Report on vaccination North-West Frontier Province 1904-1922 - 1904-1922
Year: 1904
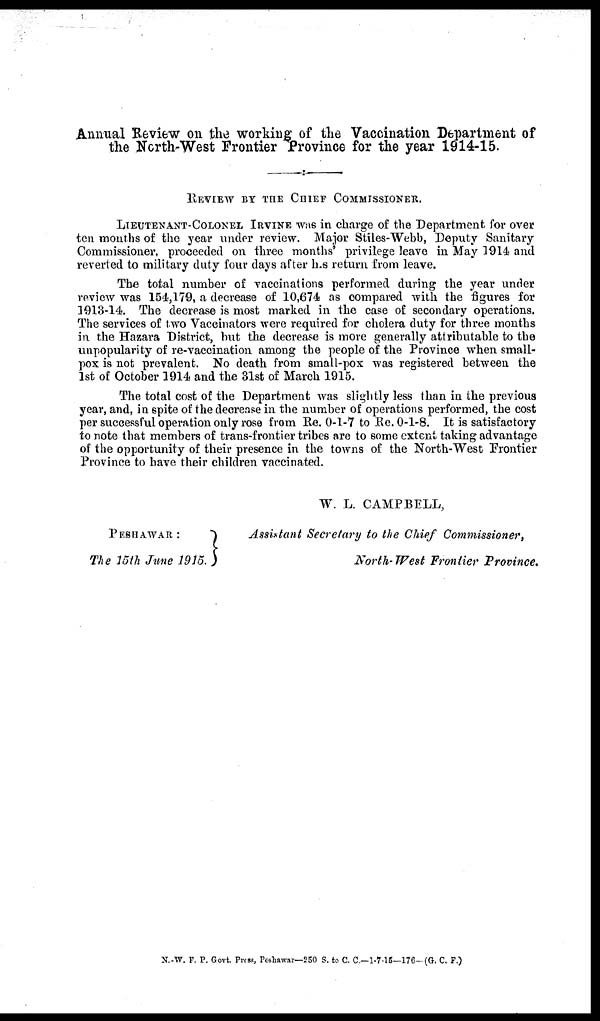
Annual Review on the working of the Vaccination Department of
the North-West Frontier Province for the year 1914-15.
REVIEW BY THE CHIEF COMMISSIONER.
LIEUTENANT-COLONEL IRVINE was in charge of the Department for over
ten months of the year under review. Major Stiles-Webb, Deputy Sanitary
Commissioner, proceeded on three months' privilege leave in May 1914 and
reverted to military duty four days after h.s return from leave.
The total number of vaccinations performed during the year under
review was 154,179, a decrease of 10,674 as compared with the figures for
1913-14. The decrease is most marked in the case of secondary operations.
The services of two Vaccinators were required for cholera duty for three months
in the Hazara District, but the decrease is more generally attributable to the
unpopularity of re-vaccination among the people of the Province when small-
pox is not prevalent. No death from small-pox was registered between the
1st of October 1914 and the 31st of March 1915.
The total cost of the Department was slightly less than in the previous
year, and, in spite of the decrease in the number of operations performed, the cost
per successful operation only rose from Re. 0-1-7 to Re. 0-1-8. It is satisfactory
to note that members of trans-frontier tribes are to some extent taking advantage
of the opportunity of their presence in the towns of the North-West Frontier
Province to havc their children vaccinated.
W. L. CAMPBELL,
PESHAWAR :
The 15th June 1915.
Assistant Secretary to the Chief Commissioner,
North-West Frontier Province.
N.-W. F. P. Govt. Press, Peshawar—250 S. to C. C.—1-715—176—(G. C. F.)